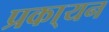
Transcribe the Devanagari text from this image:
प्रका्यन